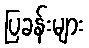
ပြခန်းများ